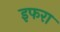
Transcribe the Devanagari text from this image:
इफरा